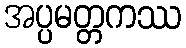
အပ္ပမတ္တကဿ